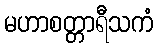
မဟာစတ္တာရီသကံ